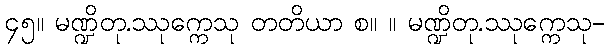
၄၅။ မဏ္ဍိတု.ဿုက္ကေသု တတိယာ စ။ ။ မဏ္ဍိတု.ဿုက္ကေသု-